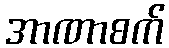
အာဏာစက်